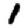
Digit: 1